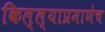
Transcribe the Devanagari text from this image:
किल्ल्याप्रमाणेच